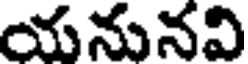
యనునవి